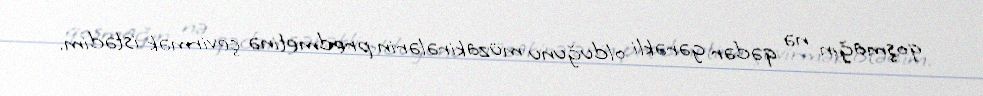
qoşmağın nə qədər gərəkli olduğunu müzakirələrin predmetinə çevirmək istədim.